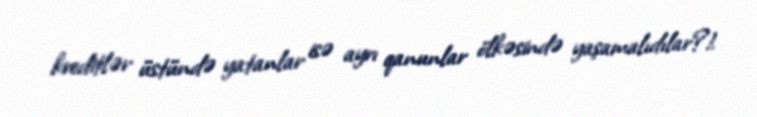
kreditlər üstündə yatanlar isə ayrı qanunlar ölkəsində yaşamalıdılar?!.